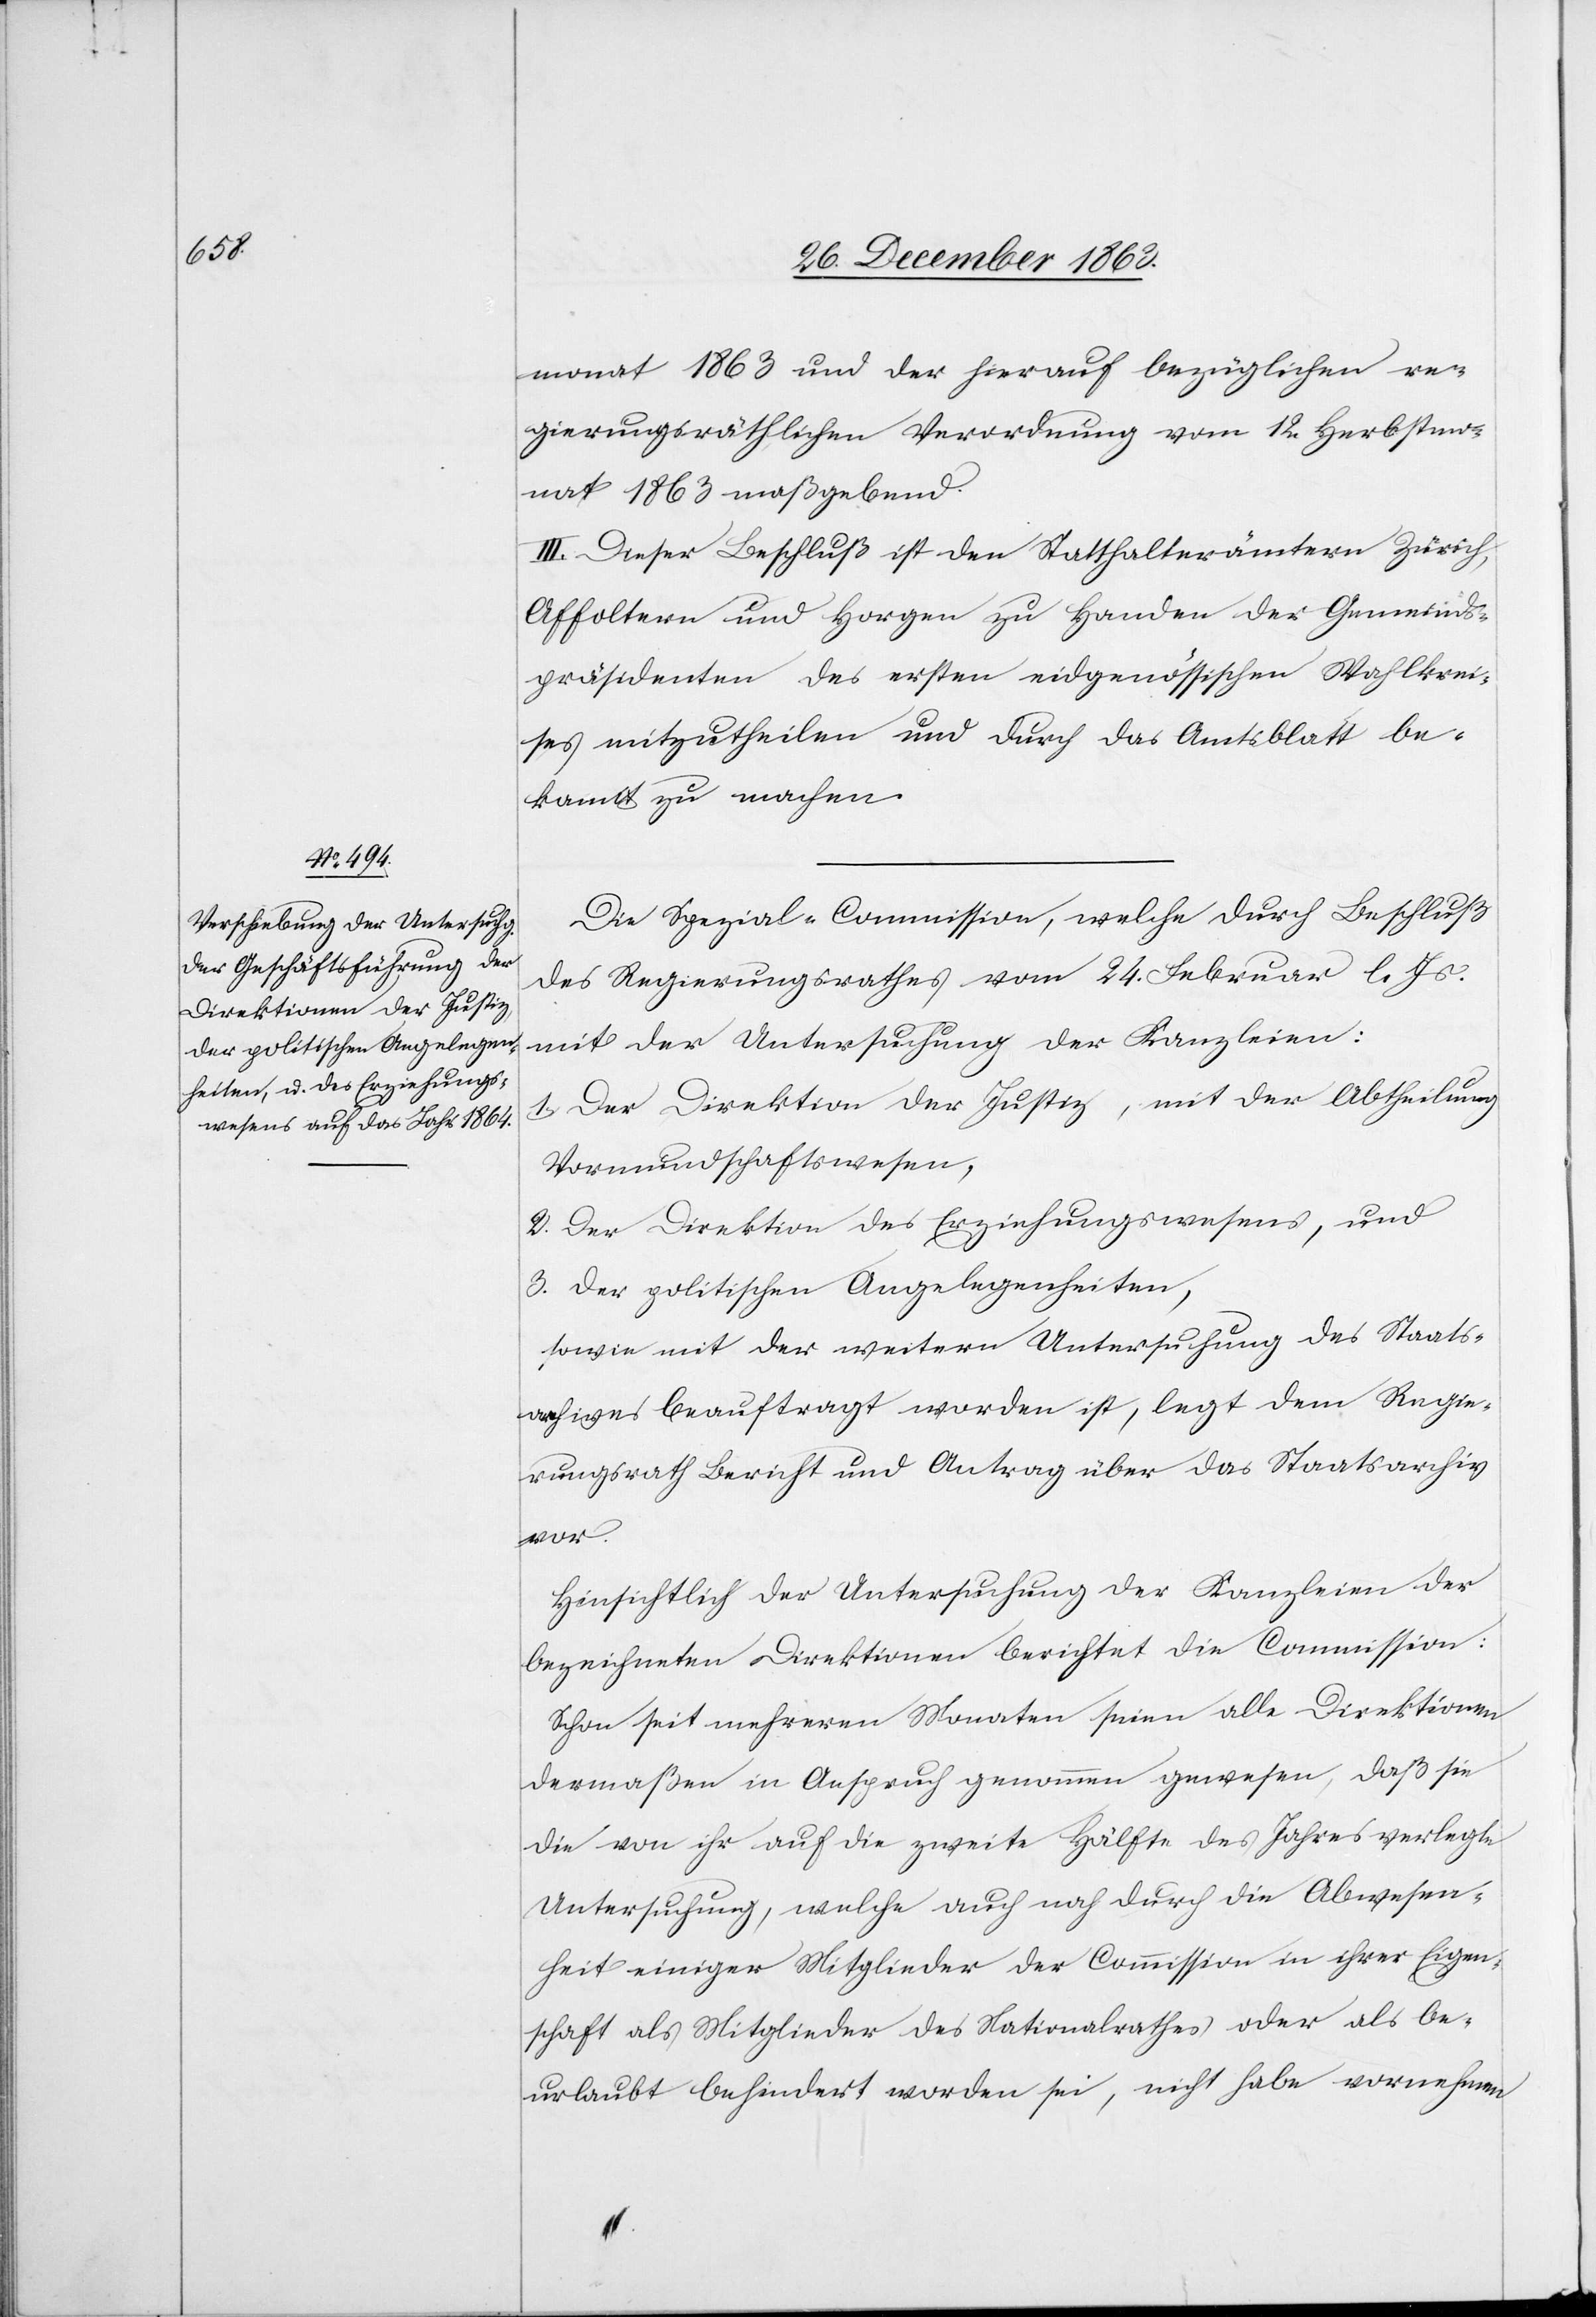
monat 1863 und der hierauf bezüglichen re¬
gierungsräthlichen Verordnung vom 12. Herbstmo¬
nat 1863 maßgebend.
III. Dieser Beschluß ist den Statthalterämtern Zürich,
Affoltern und Horgen zu Handen der Gemeinds¬
präsidenten des ersten eidgenössischen Wahlkrei¬
ses mitzutheilen und durch das Amtsblatt be¬
kannt zu machen.
Die Spezial-Commission, welche durch Beschluß
des Regierungsrathes vom 24. Februar l. Js.
mit der Untersuchung der Kanzleien:
1. Der Direktion der Justiz, mit der Abtheilung
Vormundschaftswesen,
2. Der Direktion des Erziehungswesens, und
3. Der politischen Angelegenheiten,
sowie mit der weitern Untersuchung des Staats¬
archives beauftragt worden ist, legt dem Regie¬
rungsrath Bericht und Antrag über das Staatsarchiv
vor.
Hinsichtlich der Untersuchung der Kanzleien der
bezeichneten Direktionen berichtet die Commission:
Schon seit mehreren Monaten seien alle Direktionen
dermaßen in Anspruch genommen gewesen, daß sie
die von ihr auf die zweite Hälfte des Jahres verlegte
Untersuchung, welche auch noch durch die Abwesen¬
heit einiger Mitglieder der Commission in ihrer Eigen¬
schaft als Mitglieder des Nationalrathes oder als be¬
urlaubt behindert worden sei, nicht habe vornehmen